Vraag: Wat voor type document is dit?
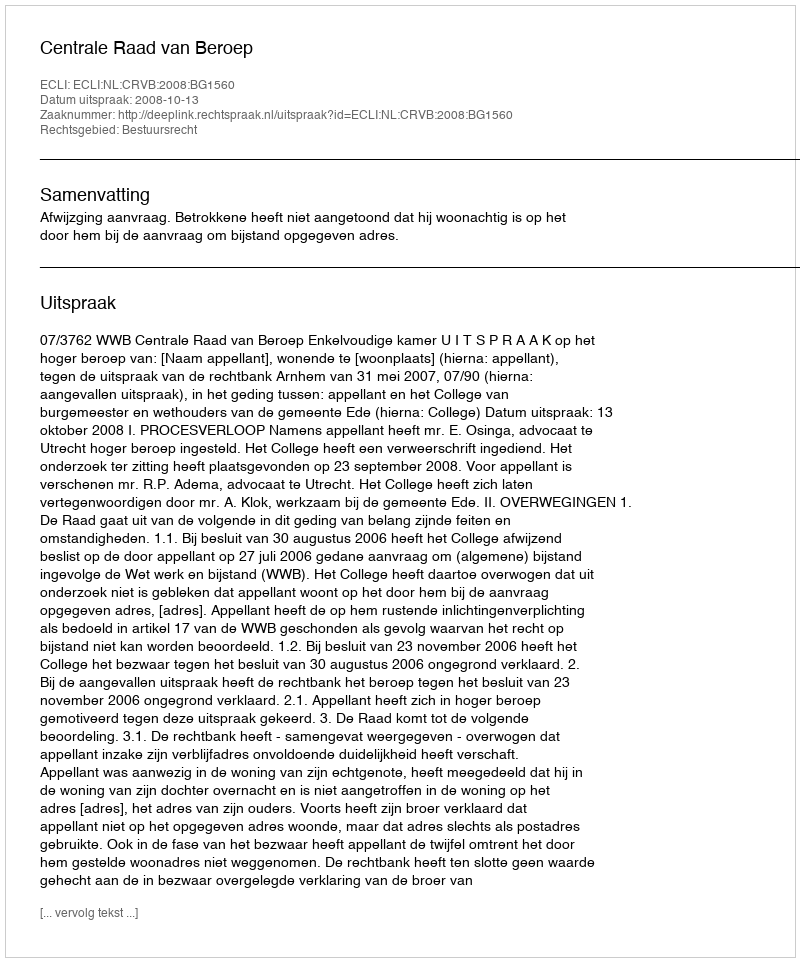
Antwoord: Uitspraak